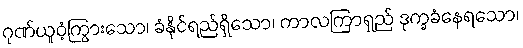
ဂုဏ်ယူဝံ့ကြွားသော၊ ခံနိုင်ရည်ရှိသော၊ ကာလကြာရှည် ဒုက္ခခံနေရသော၊